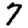
Digit: 7